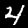
Digit: 4